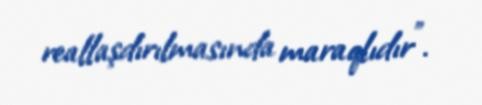
reallaşdırılmasında maraqlıdır”.